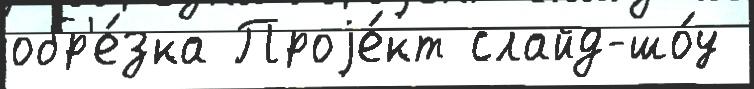
обр'е́зка Проjе́кт слайд-шо́у